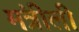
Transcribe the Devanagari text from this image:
मंत्रीली